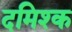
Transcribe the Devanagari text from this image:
दमिश्‍क